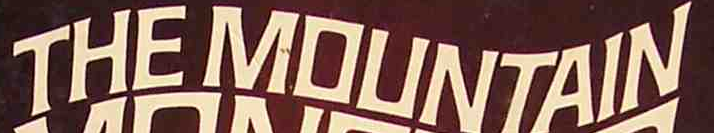
THE MOUNTAIN